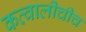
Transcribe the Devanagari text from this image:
कव्वालीचीच